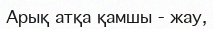
Арық атқа қамшы - жау,